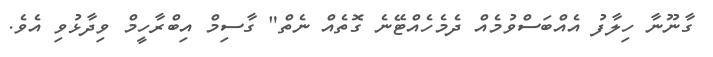
ގާނޫނާ ހިލާފު އެއްބަސްވުމެއް ދެމެހެއްޓޭނެ ގޮތެއް ނެތް" ގާސިމް އިބްރާހީމް ވިދާޅުވި އެވެ.